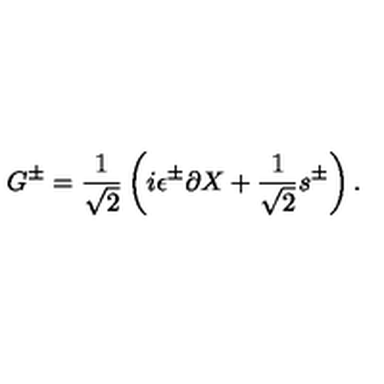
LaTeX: G ^ { \pm } = { \frac { 1 } { \sqrt 2 } } \left( i \epsilon ^ { \pm } \partial X + { \frac { 1 } { \sqrt 2 } } s ^ { \pm } \right) .